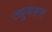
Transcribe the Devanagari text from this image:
ट्यूबसम